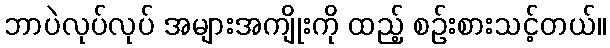
ဘာပဲလုပ်လုပ် အများအကျိုးကို ထည့် စဉ်းစားသင့်တယ်။